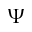
\Psi